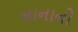
નાનાનો